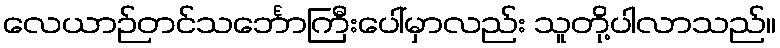
လေယာဉ်တင်သင်္ဘောကြီးပေါ်မှာလည်း သူတို့ပါလာသည်။